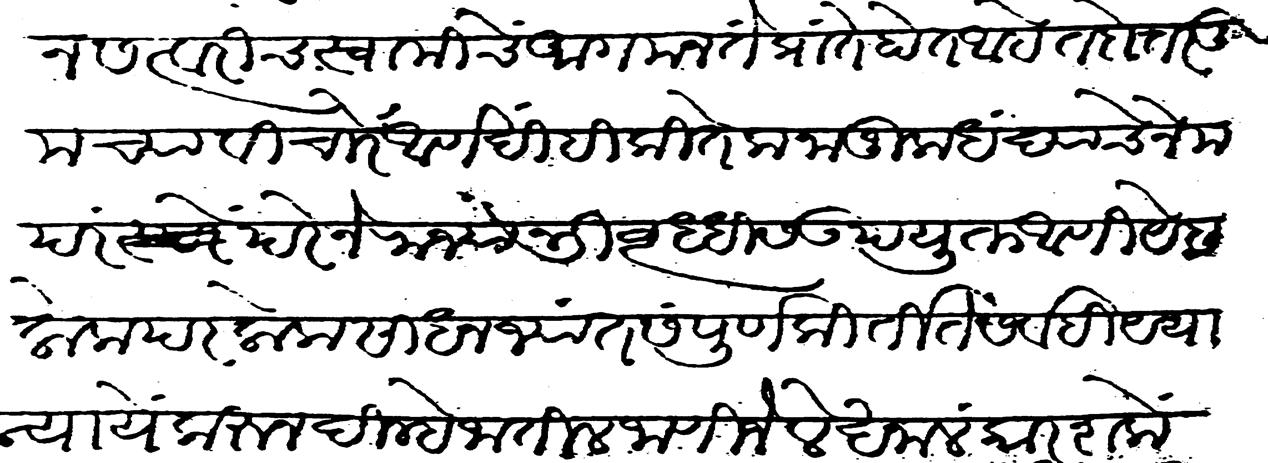
Transliteration (Devanagari): पावऊन सत्वरीच स्वामीचें आगमन ते प्रांतें होत आहे तदोत्तर तुमच्या विचारें आणखीहि कितेक नाजूक धंद्याचे नेम परंपरेने राज्याभिवृद्धीस उपयुक्त आणि येहलोक परलोक साधन ज्यांत संपूर्ण कीर्ति ते सर्वही यथा न्याये करून दिल्हे जातील जाणिजे लेखनालंकार शके १७२२